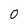
Character: O